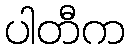
ပါတီက